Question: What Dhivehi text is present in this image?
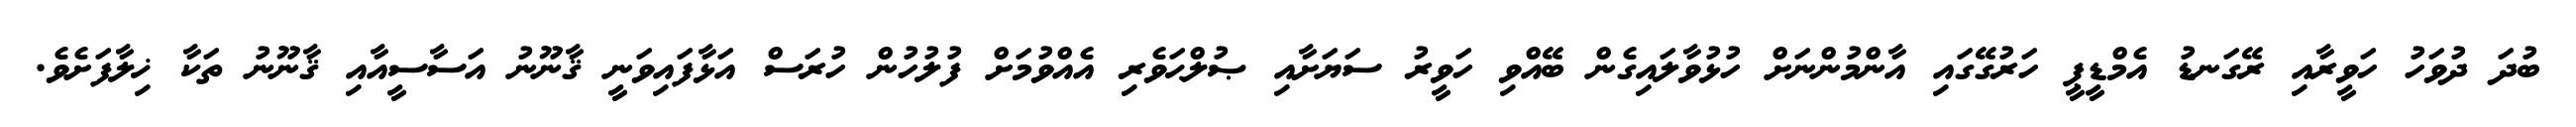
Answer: ބުދަ ދުވަހު ހަވީރާއި ރޭގަނޑު އެމްޑީޕީ ހަރުގޭގައި އާންމުންނަށް ހުޅުވާލައިގެން ބޭއްވި ހަވީރު ސަޔަށާއި ޞުލްޙަވެރި އެއްވުމަށް ފުލުހުން ހުރަސް އަޅާފައިވަނީ ޤާނޫނު އަސާސީއާއި ޤާނޫނު ތަކާ ޚިލާފަށެވެ.